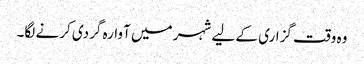
وہ وقت گزاری کے لیے شہر میں آوارہ گردی کرنے لگا۔